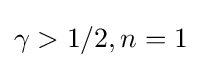
\gamma >1/2,n=1